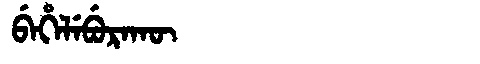
Manchu: ᠪᡝᡥᡝᠯᡝᠪᡠᡵᠠᡴᡡ
Romanization: BEHELEBURAKŪ